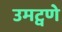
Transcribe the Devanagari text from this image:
उमट्वणे